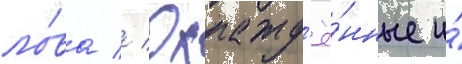
ло́ва // Охлажд'ё́нные и́